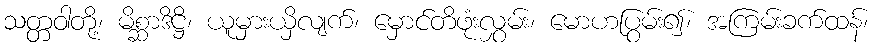
သတ္တဝါတို့၊ မိစ္ဆာဒိဋ္ဌိ၊ ယူမှားယှိလျက်၊ မှောင်တိဖုံးလွှမ်း၊ မောဟပြွမ်း၍၊ အကြမ်းခက်ထန်၊